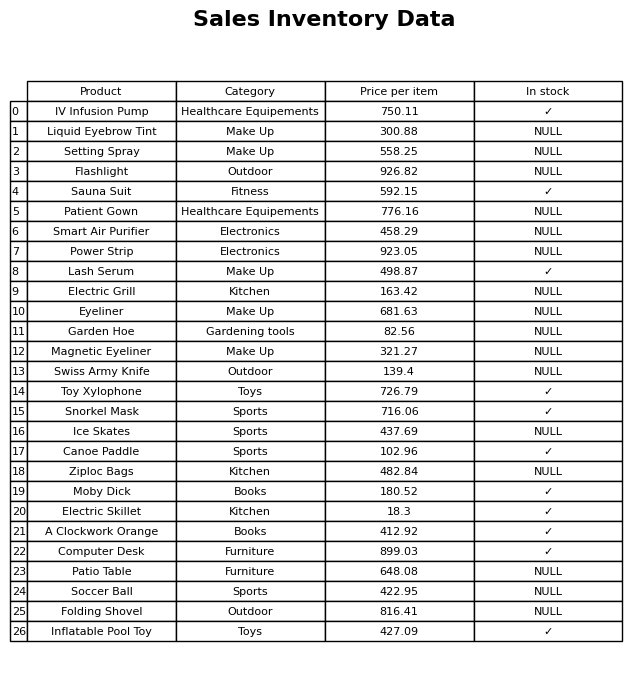
question: What category does the Lash Serum belong to?
answer: Make Up